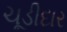
ચૂડીદાર